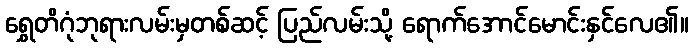
ရွှေတိဂုံဘုရားလမ်းမှတစ်ဆင့် ပြည်လမ်းသို့ ရောက်အောင်မောင်းနှင်လေ၏။